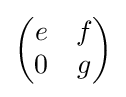
{\begin{pmatrix}e&f\\0&g\end{pmatrix}}